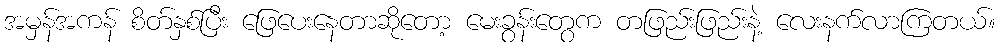
အမှန်အကန် စိတ်နှစ်ပြီး ဖြေပေးနေတာဆိုတော့ မေးခွန်းတွေက တဖြည်းဖြည်းနဲ့ လေးနက်လာကြတယ်။